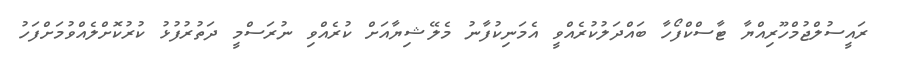
ރައީސުލްޖުމްހޫރިއްޔާ ޓާސްކްފޯހާ ބައްދަލުކުރެއްވީ އެމަނިކުފާނު މެލޭޝިޔާއަށް ކުރެއްވި ނުރަސްމީ ދަތުރުފުޅު ކުރުކޮށްލެއްވުމަށްފަހު